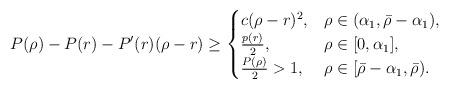
LaTeX: \begin{align*}P(\rho)-P(r)-P'(r)(\rho-r)\geq\begin{cases}c(\rho-r)^2,&\rho\in(\alpha_1,\bar\rho-\alpha_1),\\\frac{p(r)}{2},&\rho\in[0,\alpha_1],\\\frac{P(\rho)}{2}>1,&\rho\in[\bar\rho-\alpha_1,\bar\rho).\end{cases}\end{align*}